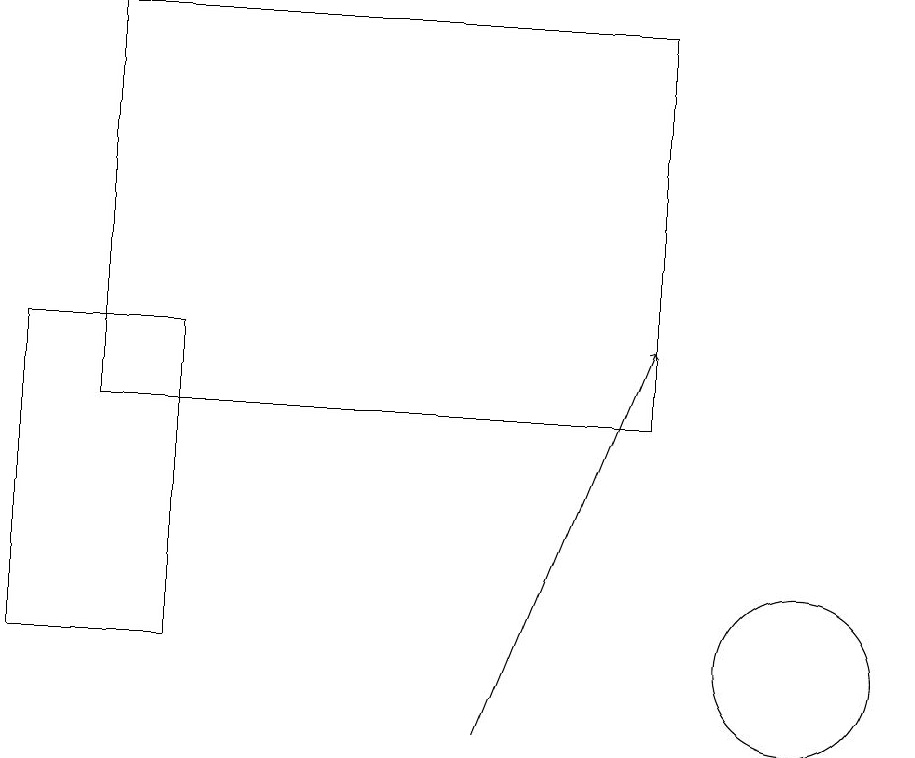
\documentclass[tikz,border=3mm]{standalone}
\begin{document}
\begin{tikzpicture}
\draw (10,11) circle (1);
\draw (1,19) rectangle (8,14);
\draw (0,11) rectangle (2,15);
\draw[->] (6,10) -- (8,15);
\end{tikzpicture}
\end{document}